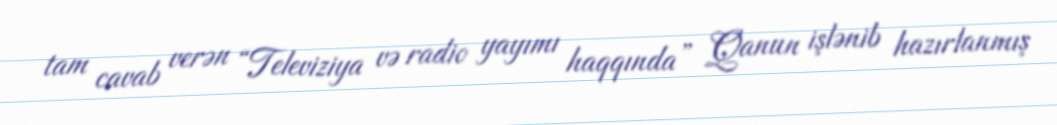
tam cavab verən “Televiziya və radio yayımı haqqında” Qanun işlənib hazırlanmış